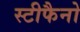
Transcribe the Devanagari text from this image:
स्टीफैनो